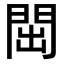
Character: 𬮉